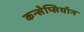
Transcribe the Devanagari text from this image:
कन्सेप्सियॉन